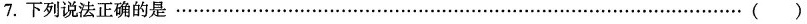
7.下列说法正确的是…………（）